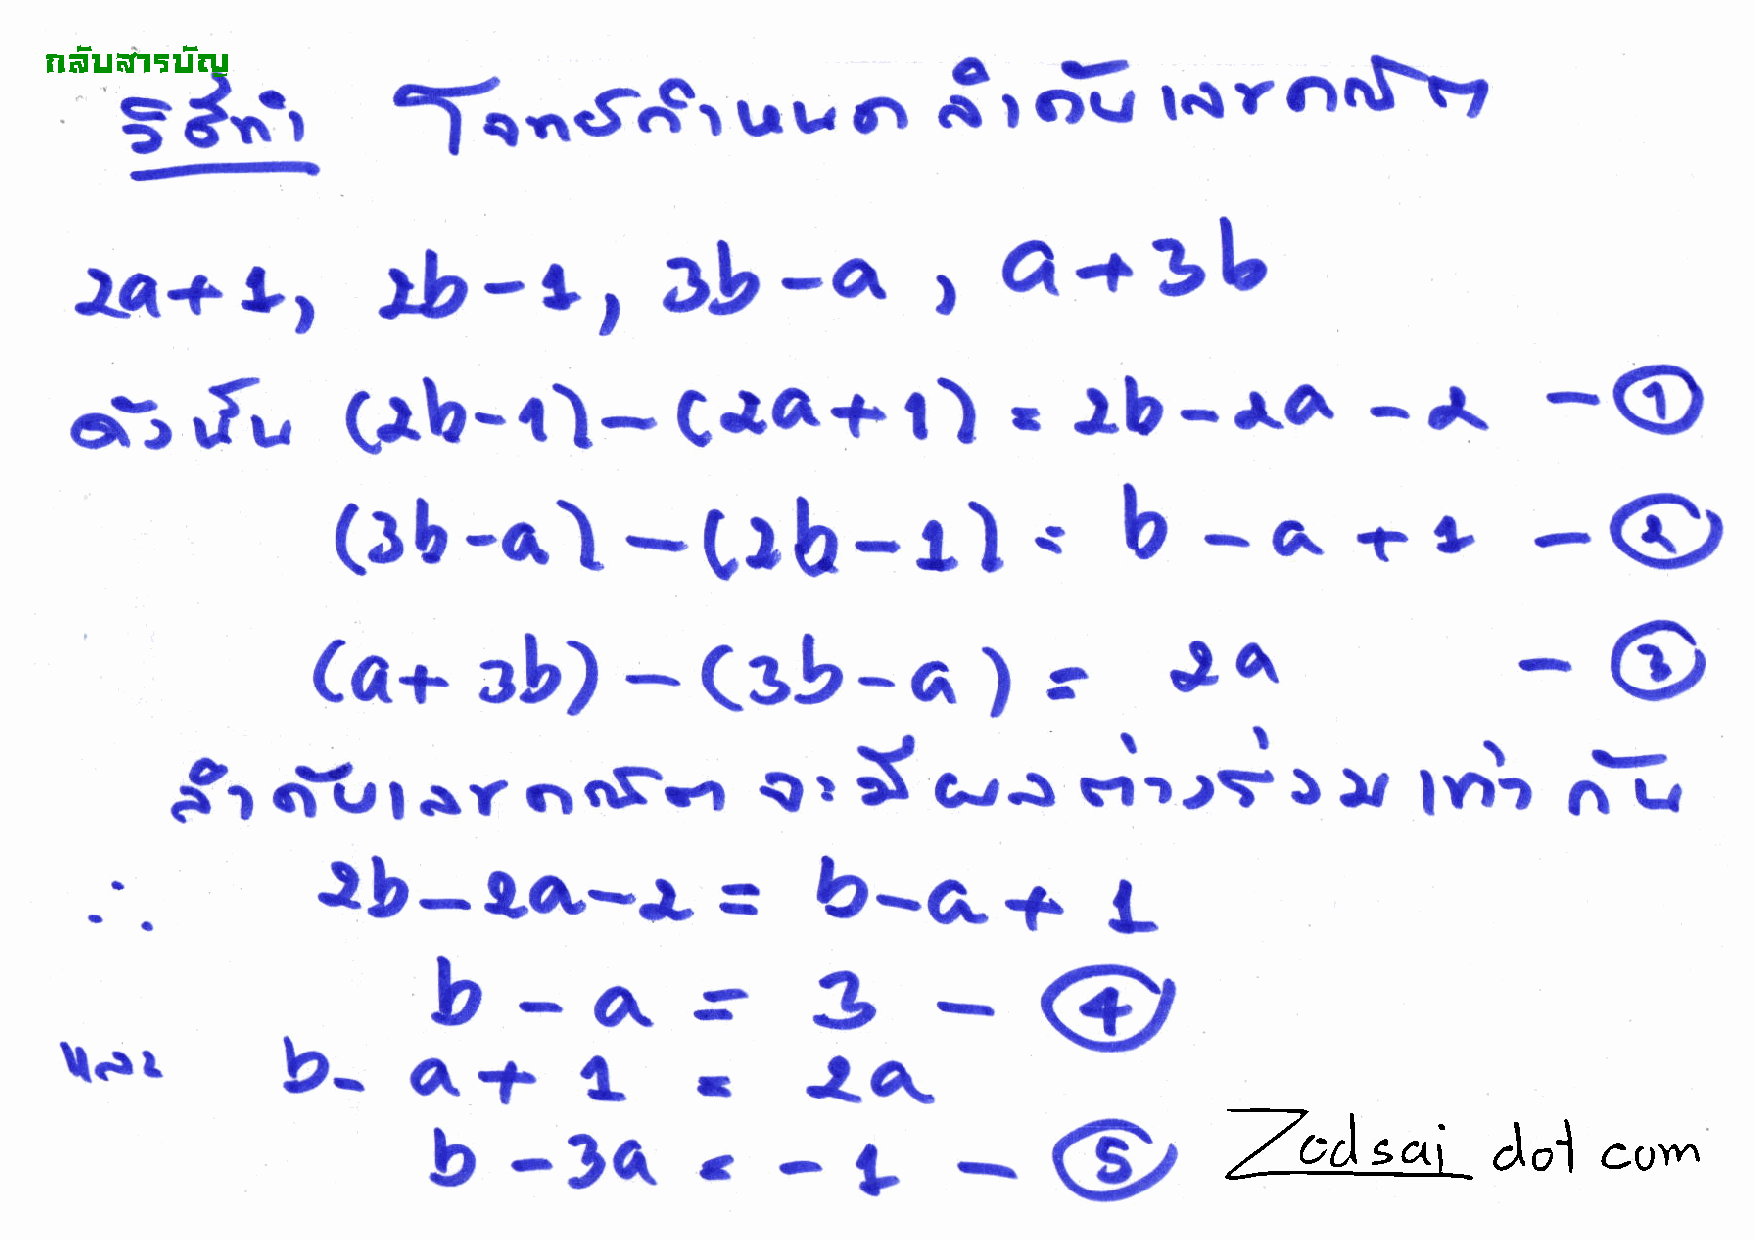
ofqt
 !"#$%&'$#(
 l{   r  nrr}'sz
 dt'r                                        r.           ciG
 f..Gr      uu           S
 r
 5
 -r--
 :f'-rt                                 a+9U
 lq+gr
 r
 Db-a.
 o
 f,u       (lb-i)-                              l)         lb         14           A      -
 Cla+                  '          -            -
 o.-.r
 (}b-G\-(,lb-t)                                 *                         !
 .)
 b                               @
 -a.       +
 o
 Ja
 Ca+ab)r(s}-a)'.                                                                -
 rr     nnFvr          l   t  S    c-r.l                  I   ),             6-q
 Sr     o-u                                                  =ltri                  lr.1tt
 I
 .lb-$4-&
 b-G,f
 =                        L
 s@
 b-As                     3
 \er
 b-      at         t              la"
 -
 b-34.             c
 -g
 -@